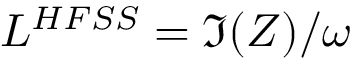
L ^ { H F S S } = \Im ( Z ) / \omega